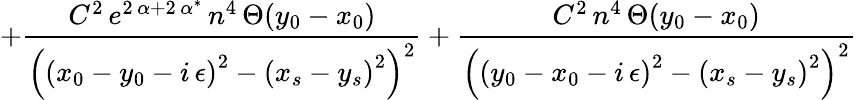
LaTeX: +\frac{C^{2}\, e^{2\, \alpha+2\, \alpha^{*}}\, n^{4}\, \Theta(y_{0}-x_{0})}{\left(\left(x_{0}-y_{0}-i\, \epsilon\right)^{2}-\left(x_{s}-y_{s}\right)^{2}\right)^{2}}+\frac{C^{2}\, n^{4}\, \Theta(y_{0}-x_{0})}{\left(\left(y_{0}-x_{0}-i\, \epsilon\right)^{2}-\left(x_{s}-y_{s}\right)^{2}\right)^{2}}